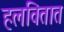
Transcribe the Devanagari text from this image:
हलवितात